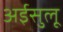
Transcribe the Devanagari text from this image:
अईसुलू